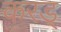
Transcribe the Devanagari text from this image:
करड्